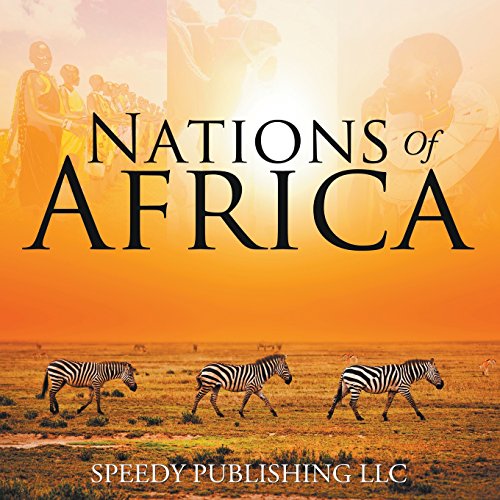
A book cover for Nations Of Africa; Speedy Publishing LLC; Children's Books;